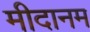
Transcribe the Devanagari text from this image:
मीदानम